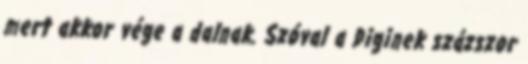
mert akkor vége a dalnak. Szóval a Diginek százszor